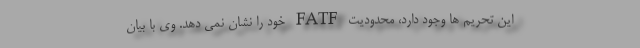
این تحریم ها وجود دارد، محدودیت FATF خود را نشان نمی دهد. وی با بیان